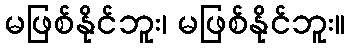
မဖြစ်နိုင်ဘူး၊ မဖြစ်နိုင်ဘူး။